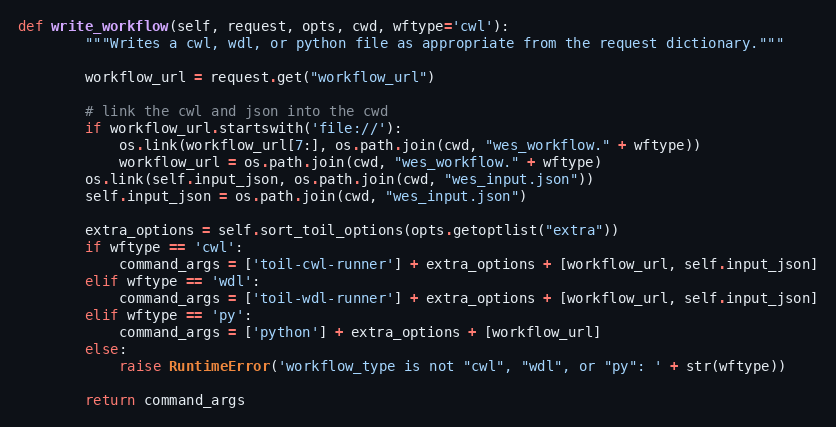
Language: Python
def write_workflow(self, request, opts, cwd, wftype='cwl'):
        """Writes a cwl, wdl, or python file as appropriate from the request dictionary."""

        workflow_url = request.get("workflow_url")

        # link the cwl and json into the cwd
        if workflow_url.startswith('file://'):
            os.link(workflow_url[7:], os.path.join(cwd, "wes_workflow." + wftype))
            workflow_url = os.path.join(cwd, "wes_workflow." + wftype)
        os.link(self.input_json, os.path.join(cwd, "wes_input.json"))
        self.input_json = os.path.join(cwd, "wes_input.json")

        extra_options = self.sort_toil_options(opts.getoptlist("extra"))
        if wftype == 'cwl':
            command_args = ['toil-cwl-runner'] + extra_options + [workflow_url, self.input_json]
        elif wftype == 'wdl':
            command_args = ['toil-wdl-runner'] + extra_options + [workflow_url, self.input_json]
        elif wftype == 'py':
            command_args = ['python'] + extra_options + [workflow_url]
        else:
            raise RuntimeError('workflow_type is not "cwl", "wdl", or "py": ' + str(wftype))

        return command_args